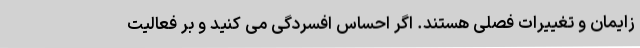
زایمان و تغییرات فصلی هستند. اگر احساس افسردگی می کنید و بر فعالیت